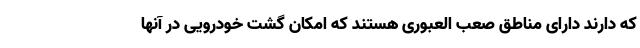
که دارند دارای مناطق صعب العبوری هستند که امکان گشت خودرویی در آنها